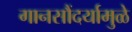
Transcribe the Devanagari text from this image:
गानसौंदर्यामुळे